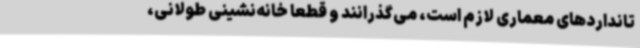
تانداردهای معماری لازم است، می‌گذرانند و قطعا خانه‌نشینی طولانی،